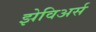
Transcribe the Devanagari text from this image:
झेविअर्स